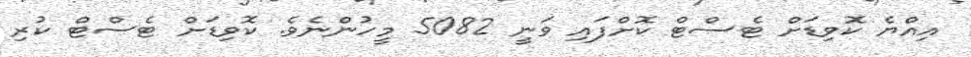
އިއްޔެ ކޮވިޑަށް ޓެސްޓް ކޮށްފައި ވަނީ 5082 މީހުންނެވެ. ކޮވިޑަށް ޓެސްޓް ކުރި